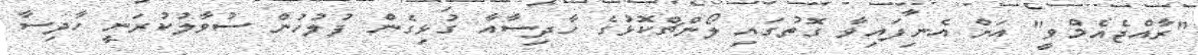
"ރާއްޖެއެމްވީ" އަށް އެނިފައިވާ ގޮތުގައި ލޯންޗްކޮޅުގެ ހާދިސާއާ ގުޅިގެން ފުލުހުން ސުވާލުކުރަނީ ހާދިސާ